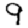
Digit: 9